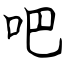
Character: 吧